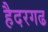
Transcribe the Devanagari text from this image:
हैदरगढ